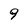
Character: 9